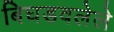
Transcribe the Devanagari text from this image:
बिघडवलेले